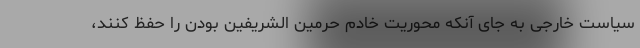
سیاست خارجی به جای آنکه محوریت خادم حرمین الشریفین بودن را حفظ کنند،